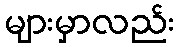
များမှာလည်း